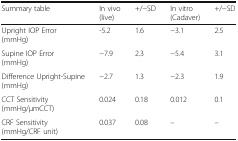
| Summary table | In vivo (live) | +/−SD | In vitro (Cadaver) | +/−SD |
 | --- | --- | --- | --- | --- |
 | Upright IOP Error (mmHg) | -5.2 | 1.6 | −3.1 | 2.5 |
 | Supine IOP Error (mmHg) | −7.9 | 2.3 | −5.4 | 3.1 |
 | Difference Upright-Supine (mmHg) | −2.7 | 1.3 | −2.3 | 1.9 |
 | CCT Sensitivity (mmHg/μmCCT) | 0.024 | 0.18 | 0.012 | 0.1 |
 | CRF Sensitivity (mmHg/CRF unit) | 0.037 | 0.08 | – | – |